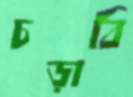
চড়াবি